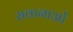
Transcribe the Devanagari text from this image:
सवानाओं